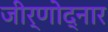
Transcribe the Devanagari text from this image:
जीर्णोद्नार